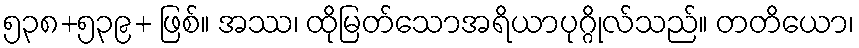
၅၃၈+၅၃၉+ ဖြစ်။ အဿ၊ ထိုမြတ်သောအရိယာပုဂ္ဂိုလ်သည်။ တတိယော၊